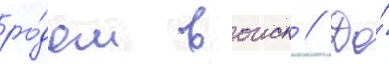
ро́дом воиск // До́